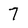
Character: 7